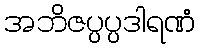
အဘိဇပ္ပပ္ပဒါရဏံ